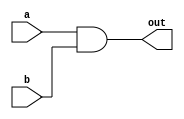
`timescale 1ns / 1ps
//////////////////////////////////////////////////////////////////////////////////
// Company: 
// Engineer: 
// 
// Design Name: 
// Module Name: myAnd
// Project Name: 
// Target Devices: 
// Tool Versions: 
// Description: 
// 
// Dependencies: 
// 
// Revision:
// Revision 0.01 - File Created
// Additional Comments:
// 
//////////////////////////////////////////////////////////////////////////////////
module myAnd(a, b, out);
    input a, b;
    output out;
    assign out = a & b;

endmodule